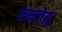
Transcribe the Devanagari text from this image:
एसजेयू